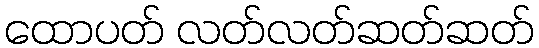
ထောပတ် လတ်လတ်ဆတ်ဆတ်